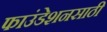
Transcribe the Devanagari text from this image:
फाउंडेशनसाठी